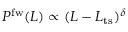
P ^ { \mathrm { f w } } ( L ) \propto ( L - L _ { \mathrm { t s } } ) ^ { \delta }